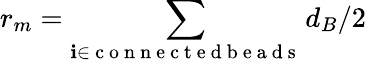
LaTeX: r_{m}=\sum_{\mathbf{i}\in\mathrm{{~c~o~n~n~e~c~t~e~d~b~e~a~d~s~}}}d_{B}/2